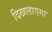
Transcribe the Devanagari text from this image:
दिखलाएगा